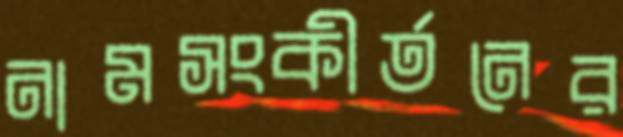
নামসংকীর্তনের